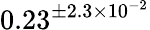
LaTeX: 0.23^{\pm 2.3\times 10^{-2}}